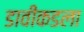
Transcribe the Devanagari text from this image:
डावीकडला